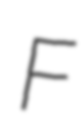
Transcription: F